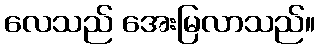
လေသည် အေးမြလာသည်။